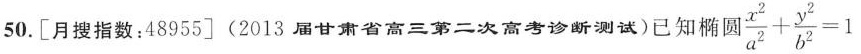
50.[月搜指数：48955](2013届甘肃省高三第二次高考诊断测试)已知椭圆$$\frac { x ^ { 2 } } { a ^ { 2 } } + \frac { y ^ { 2 } } { b ^ { 2 } } = 1$$